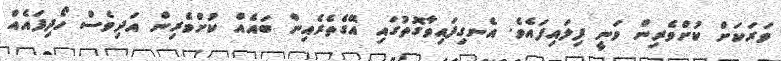
ވަރަކަށް ކުށްވެރިން ވަނީ ފިލައިފައެވެ. އެނގިފައިވާގޮތުގައި އޭގެތެރެއިން ބައެއް ކުށްވެރިން އަދިވެސް ހޯދިފައެއް